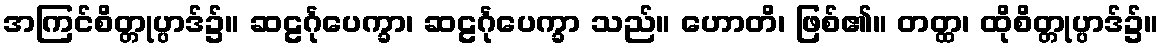
အကြင်စိတ္တုပ္ပာဒ်၌။ ဆဠင်္ဂုပေက္ခာ၊ ဆဠင်္ဂုပေက္ခာ သည်။ ဟောတိ၊ ဖြစ်၏။ တတ္ထ၊ ထိုစိတ္တုပ္ပာဒ်၌။